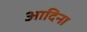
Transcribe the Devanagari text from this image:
आदिना